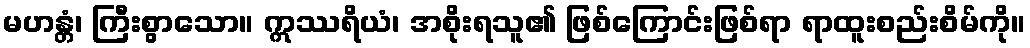
မဟန္တံ၊ ကြီးစွာသော။ ဣဿရိယံ၊ အစိုးရသူ၏ ဖြစ်ကြောင်းဖြစ်ရာ ရာထူးစည်းစိမ်ကို။